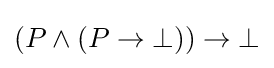
(P\wedge (P\to \bot ))\to \bot